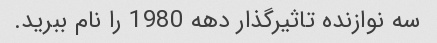
سه نوازنده تاثیرگذار دهه 1980 را نام ببرید.